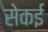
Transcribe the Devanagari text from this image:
सेकई